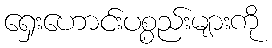
ရှေးဟောင်းပစ္စည်းများကို